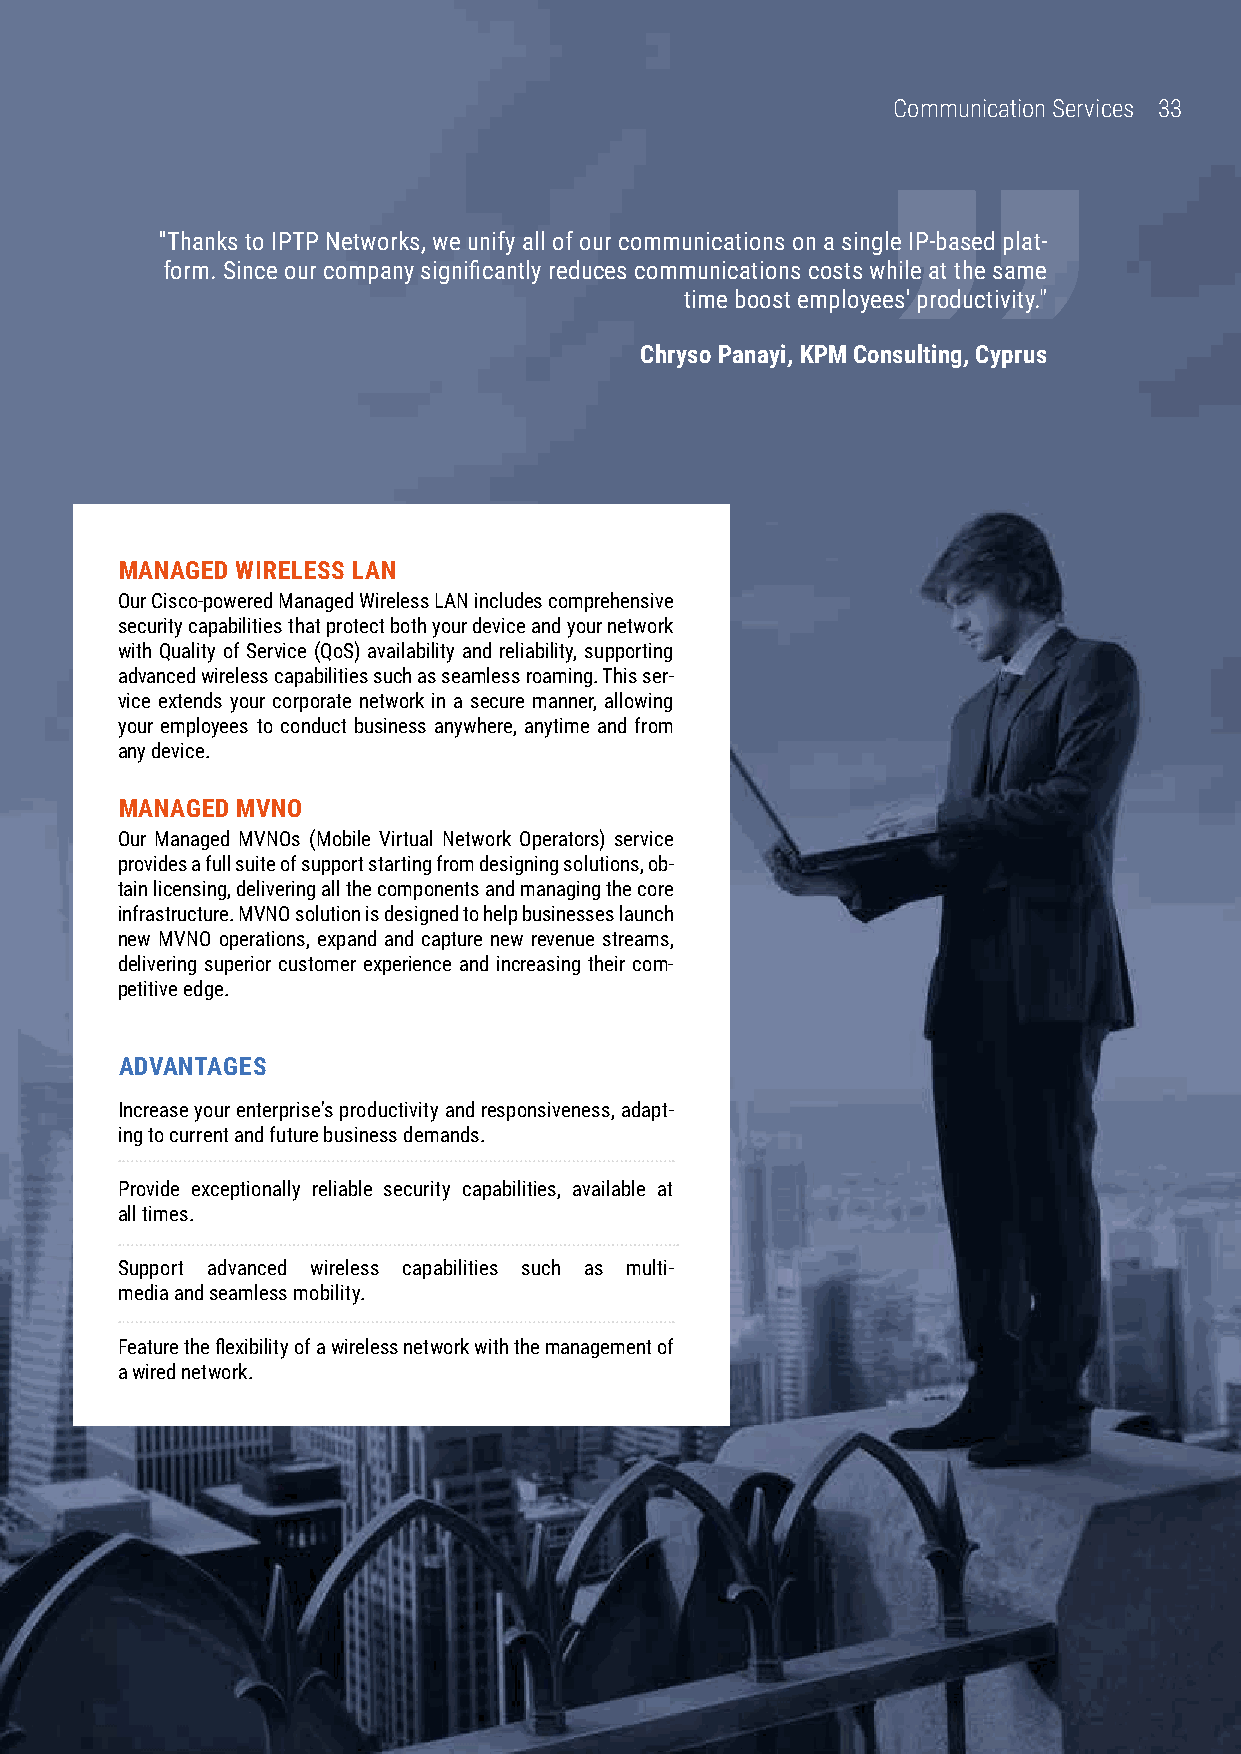
Communication Services 3333
 ''Thanks to IPTP Networks, we unify all of our communications on a single IP-based plat-
 form. Since our company significantly reduces communications costs while at the same
 time boost employees' productivity."
 Chryso Panayi, KPM Consulting, Cyprus
 Unified Voice, Video, Data and Mobility
 MANAGED WIRELESS LAN
 Our Cisco-powered Managed Wireless LAN includes comprehensive
 security capabilities that protect both your device and your network
 with Quality of Service (QoS) availability and reliability, supporting
 advanced wireless capabilities such as seamless roaming. This ser-
 vice extends your corporate network in a secure manner, allowing
 your employees to conduct business anywhere, anytime and from
 any device.
 MANAGED MVNO
 Our Managed MVNOs (Mobile Virtual Network Operators) service
 provides a full suite of support starting from designing solutions, ob-
 tain licensing, delivering all the components and managing the core
 infrastructure. MVNO solution is designed to help businesses launch
 new MVNO operations, expand and capture new revenue streams,
 delivering superior customer experience and increasing their com-
 petitive edge.
 ADVANTAGES
 Increase your enterprise's productivity and responsiveness, adapt-
 ing to current and future business demands.
 Provide exceptionally reliable security capabilities, available at
 all times.
 Support advanced wireless capabilities such as multi-
 media and seamless mobility.
 Feature the flexibility of a wireless network with the management of
 a wired network.
 www.iptp.com